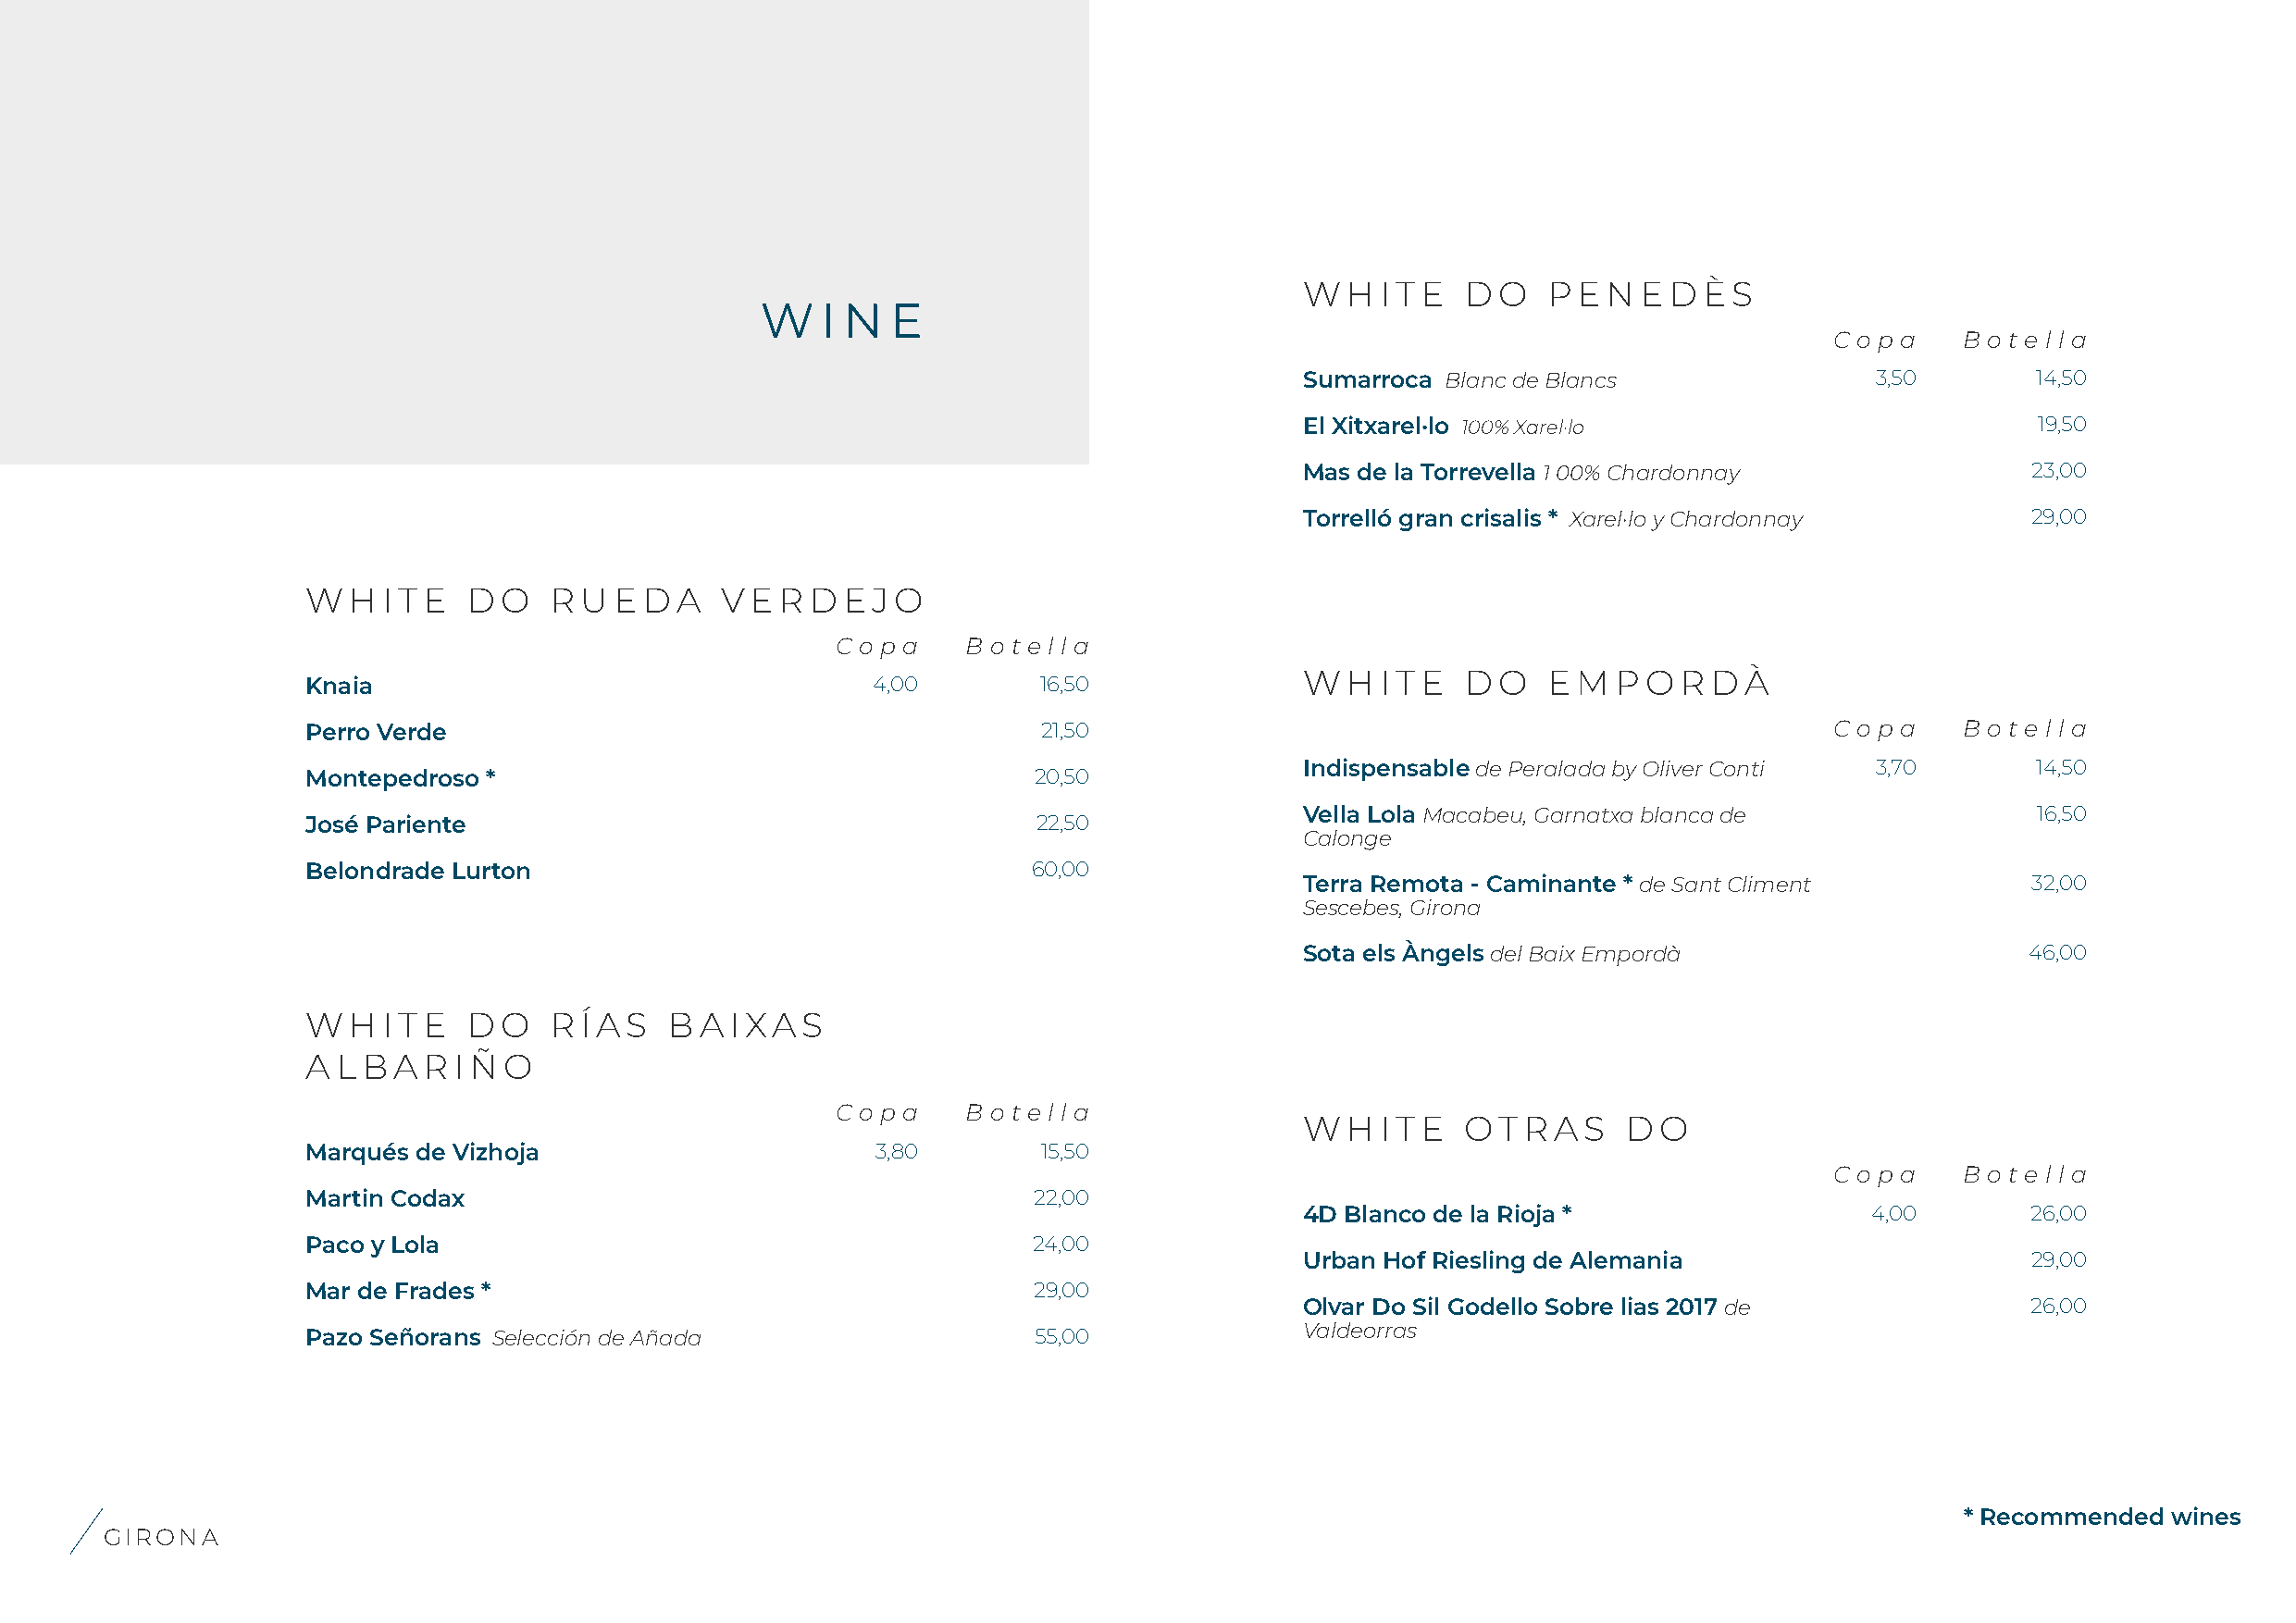
WHITE       DO    PENEDÈS
 W    I N  E
 C o p a  B o t e l l a
 Sumarroca Blanc de Blancs                3,50        14,50
 El Xitxarel·lo 100% Xarel·lo                         19,50
 Mas de la Torrevella 1 00% Chardonnay               23,00
 Torrelló gran crisalis * Xarel·lo y Chardonnay      29,00
 WHITE      DO    RUEDA        VERDEJO
 C o p a  B o t e l l a
 WHITE       DO    EMPORDÀ
 Knaia                                   4,00        16,50
 Perro Verde                                         21,50                                                    C o p a  B o t e l l a
 Indispensable de Peralada by Oliver Conti 3,70       14,50
 Montepedroso *                                      20,50
 Vella Lola Macabeu, Garnatxa blanca de               16,50
 José Pariente                                       22,50
 Calonge
 Belondrade Lurton                                   60,00
 Terra Remota - Caminante * de Sant Climent          32,00
 Sescebes, Girona
 Sota els Àngels del Baix Empordà                    46,00
 WHITE      DO    RÍAS     BAIXAS
 ALBARIÑO
 C o p a  B o t e l l a
 WHITE       OTRAS      DO
 Marqués de Vizhoja                       3,80       15,50
 C o p a  B o t e l l a
 Martin Codax                                        22,00
 4D Blanco de la Rioja *                  4,00       26,00
 Paco y Lola                                         24,00
 Urban Hof Riesling de Alemania                      29,00
 Mar de Frades *                                     29,00
 Olvar Do Sil Godello Sobre lias 2017 de             26,00
 Pazo Señorans Selección de Añada                    55,00              Valdeorras
 * Recommended  wines
 GIRONA